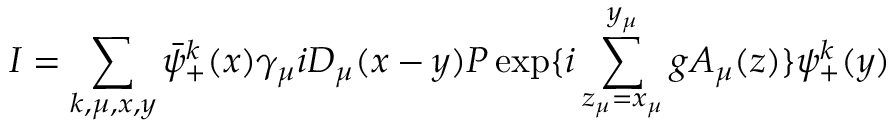
I = \sum _ { k , \mu , x , y } \bar { \psi } _ { + } ^ { k } ( x ) \gamma _ { \mu } i D _ { \mu } ( x - y ) P \exp \{ i \sum _ { z _ { \mu } = x _ { \mu } } ^ { y _ { \mu } } g A _ { \mu } ( z ) \} \psi _ { + } ^ { k } ( y )